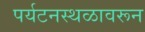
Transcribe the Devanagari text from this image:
पर्यटनस्थळावरून